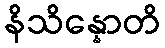
နိသိန္နောတိ